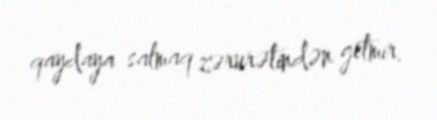
qaydaya salmaq zərurətindən getmir.